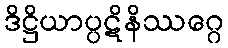
ဒိဋ္ဌိယာပ္ပဋိနိဿဂ္ဂေ